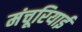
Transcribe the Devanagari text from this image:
मंचूरियाई